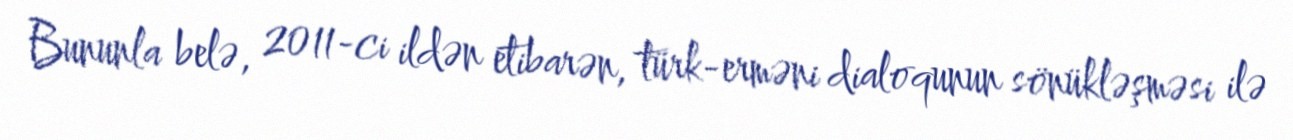
Bununla belə, 2011-ci ildən etibarən, türk-erməni dialoqunun sönükləşməsi ilə